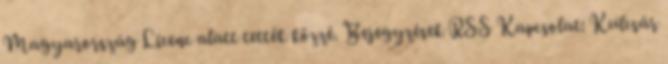
Magyarország Licenc alatt tették közzé. Bejegyzések RSS Kapcsolat: Kulcsár